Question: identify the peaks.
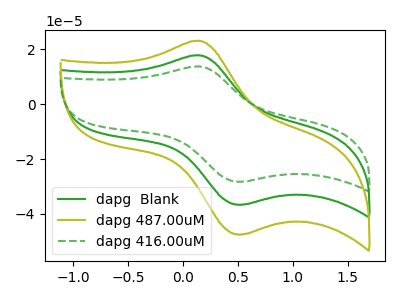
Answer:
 <answer>The green curve "dapg  Blank" has an anodic peak at (0.15V, 17.80uA) and a cathodic peak at (0.55V, -36.55uA). The olive curve "dapg 487.00uM" has an anodic peak at (0.15V, 35.60uA) and a cathodic peak at (0.55V, -73.15uA). The green dashed curve "dapg 416.00uM" has an anodic peak at (0.15V, 13.75uA) and a cathodic peak at (0.55V, -28.20uA).</answer>
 <eval></eval>